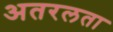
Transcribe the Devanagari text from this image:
अतरलता